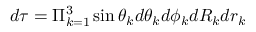
d \tau = \Pi _ { k = 1 } ^ { 3 } \sin \theta _ { k } d \theta _ { k } d \phi _ { k } d R _ { k } d r _ { k }